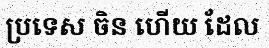
ប្រទេស ចិន ហើយ ដែល